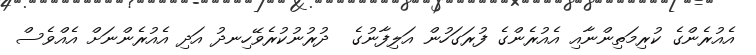
އެއުރެންގެ ކުރިމަތިންނާއި އެއުރެންގެ ފުރަގަހުން އަލިފާނުގެ  ދުރުނުކުރެވޭހިނދު އަދި އެއުރެންނަށް އެއްވެސް